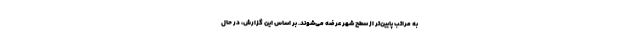
به مراتب پایین‌تر از سطح شهر عرضه می‌شوند. بر اساس این گزارش، در حال